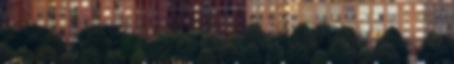
csinálják ” Nem jött viszontválasz. Elbocsátó szép üzenet Bizonyára